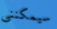
سيمكنني